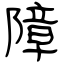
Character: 障